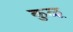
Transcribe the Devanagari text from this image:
कुळू